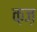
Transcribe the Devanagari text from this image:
क़ज़